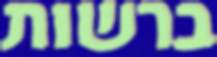
ברשות